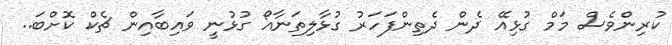
ކުރިންވެސް މަމް ގުޅިއޭ ދެން ދެތިންފަހަރު ގުޅާލިތަނާއޯ ގުޅުނީ ވައިބާއިން ޗެކް ކޮށްބަ..